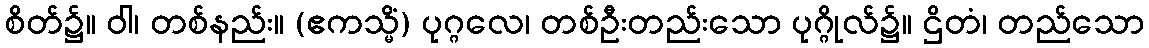
စိတ်၌။ ဝါ၊ တစ်နည်း။ (ဧကသ္မိံ) ပုဂ္ဂလေ၊ တစ်ဦးတည်းသော ပုဂ္ဂိုလ်၌။ ဌိတံ၊ တည်သော